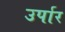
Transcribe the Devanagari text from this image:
उर्पार